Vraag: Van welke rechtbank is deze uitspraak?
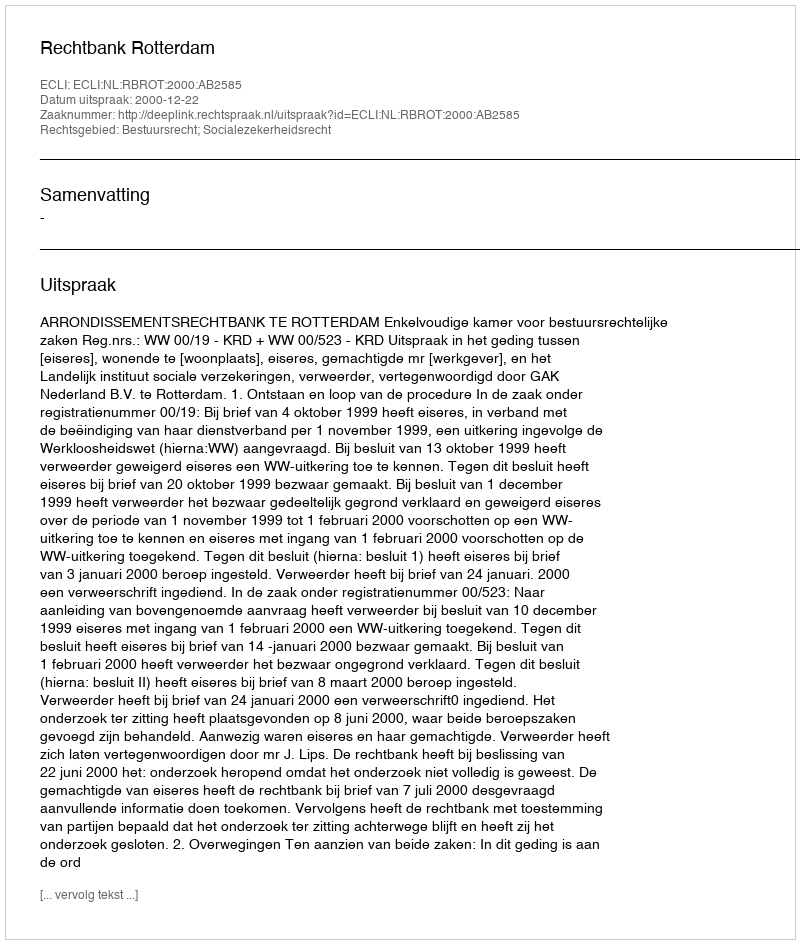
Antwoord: Rechtbank Rotterdam